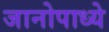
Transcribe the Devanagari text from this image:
जानोपाध्ये